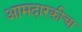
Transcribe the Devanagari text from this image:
आमदारकीचा